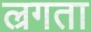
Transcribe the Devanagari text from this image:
ल्रगता